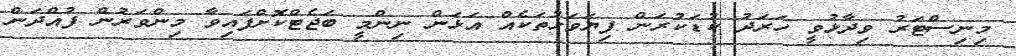
މިނިސްޓަރު ވިދާޅުވީ ހަރަދު ކުޑަކުރަން ފިޔަވަޅުތަކެއް އަޅަން ނިންމީ ބަޖެޓްކޮށްފައިވާ މިންވަރުން ފުއްދަން